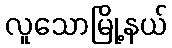
လူသောမြို့နယ်